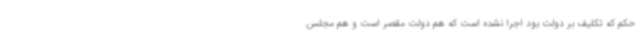
حکم که تکلیف بر دولت بود اجرا نشده است که هم دولت مقصر است و هم مجلس